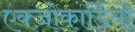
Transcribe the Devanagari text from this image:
एक्ज़ोकार्डियो